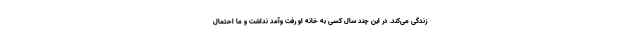
زندگی می‌کند. در این چند سال کسی به خانه او رفت وآمد نداشت و ما احتمال